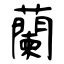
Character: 蘭